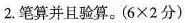
2.笔算并且验算。($$6 \times 2 分$$)